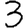
Digit: 3